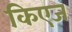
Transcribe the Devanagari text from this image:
किएज